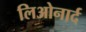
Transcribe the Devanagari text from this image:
लिओनार्द